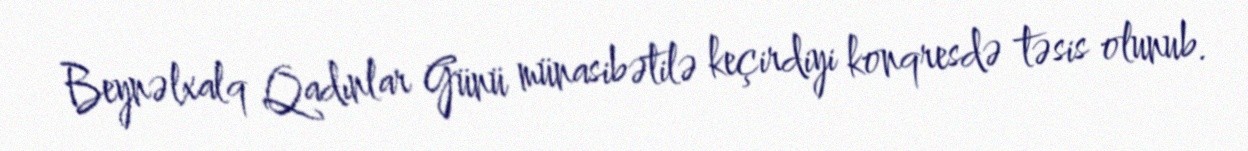
Beynəlxalq Qadınlar Günü münasibətilə keçirdiyi konqresdə təsis olunub.